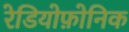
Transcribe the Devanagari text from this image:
रेडियोफ़ोनिक